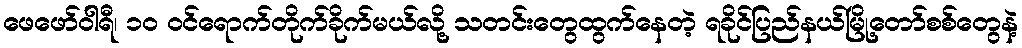
ဖေဖော်ဝါရီ၊ ၁၀ ဝင်ရောက်တိုက်ခိုက်မယ်လို့ သတင်းတွေထွက်နေတဲ့ ရခိုင်ပြည်နယ်မြို့တော်စစ်တွေနဲ့